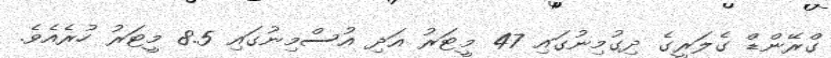
ގްރޭންޑް ގެލަރީގެ ދިގުމިނުގައި 47 މީޓަރު އަދި އުސްމިނުގައި 8.5 މީޓަރު ހުރެއެވެ.